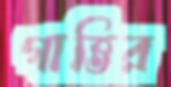
গাত্তির